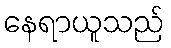
နေရာယူသည်